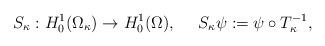
LaTeX: \begin{align*}S_{\kappa}: H^1_0 (\Omega_{\kappa}) \rightarrow H^1_0(\Omega), \ \ \ \ S_{\kappa} \psi := \psi \circ T^{-1}_{\kappa},\end{align*}